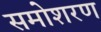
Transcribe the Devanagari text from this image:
समोशरण